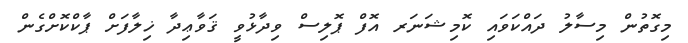
މިގޮތުން މިސާލު ދައްކަވައި ކޮމިޝަނަރ އޮފް ޕޮލިސް ވިދާޅުވީ ޤަވާޢިދާ ޚިލާފަށް ޕާކްކޮށްގެން